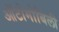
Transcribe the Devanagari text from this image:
ऑटोमोबिली